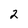
Character: 2